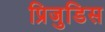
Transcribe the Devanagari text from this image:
प्रिजुडिस